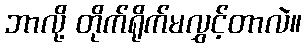
ဘာလို့ တိုက်ရိုက်မလွှင့်တာလဲ။